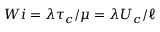
W i = \lambda \tau _ { c } / \mu = \lambda U _ { c } / \ell